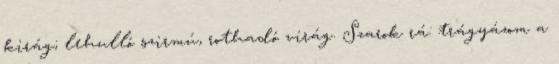
kirág; lehulló szirmú, rothadó virág. Szarok rá: trágyázom a